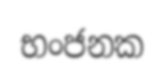
භංජනක